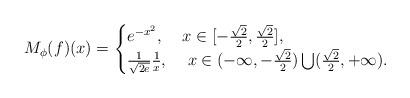
LaTeX: \begin{align*}M_\phi(f)(x)=\begin{cases}e^{-x^2},&\mbox{$x\in[-\frac{\sqrt{2}}2,\frac{\sqrt{2}}2]$,}\\\frac1{\sqrt{2e}}\frac1x, &\mbox{ $x\in(-\infty,-\frac{\sqrt{2}}2)\bigcup(\frac{\sqrt{2}}2,+\infty)$.}\end{cases}\end{align*}